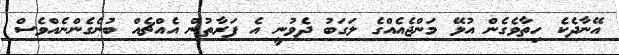
އޭނާދެކެ ހިތާވެގެން އުޅޭ މަންޖެއެއްގެ ލަގަބު ދެވުނީ އެ ފަރާތުން އެއްޗެއް ބުނެގެންނެއްވެސް